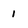
Character: 1